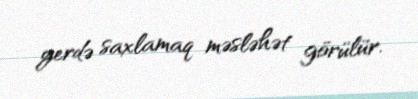
yerdə saxlamaq məsləhət görülür.